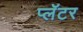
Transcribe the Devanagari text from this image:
प्लॅटर